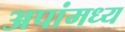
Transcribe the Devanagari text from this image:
अपांमध्य